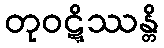
တုဝဋ္ဋိဿန္တိ